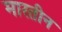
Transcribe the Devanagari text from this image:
मारतीन